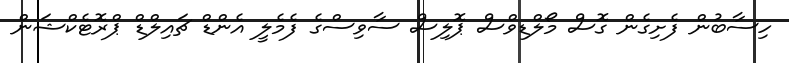
ހިސާބުން ފެށިގެން ގޮސް މޯލްޑިވްސް ޕޮލިސް ސާވިސްގެ ފެމެލީ އެންޑް ޗައިލްޑް ޕްރޮޓެކްޝަން